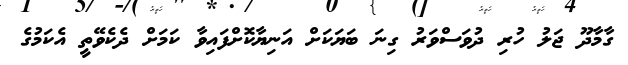
ގާމާދޫ ޖަލު ހުރި ދުވަސްވަރު ގިނަ ބަޔަކަށް އަނިޔާކޮށްފައިވާ ކަމަށް ދެކެވޭތީ އެކަމުގެ